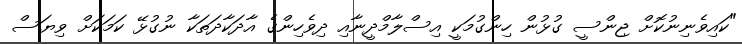
"ކައިވެނިނުކޮށް ޖިންސީ ގުޅުން ހިންގުމަކީ އިސްލާމްދީނާއި ދިވެހިންގެ އާދަކާދަތަކާ ނުގުޅޭ ކަމަކަށް ވިޔަސް